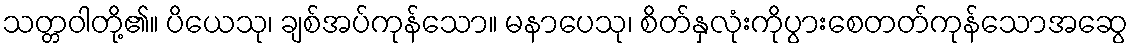
သတ္တဝါတို့၏။ ပိယေသု၊ ချစ်အပ်ကုန်သော။ မနာပေသု၊ စိတ်နှလုံးကိုပွားစေတတ်ကုန်သောအဆွေ